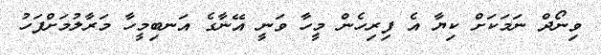
ވިނޯދް ނަމަކަށް ކިޔާ އެ ފިިރިހެން މީހާ ވަނީ އޭނާގެ އަނބިމީހާ މަރާލުމަށްފަހު